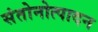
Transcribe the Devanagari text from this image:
संतोनोत्पादन